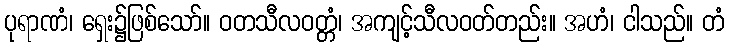
ပုရာဏံ၊ ရှေး၌ဖြစ်သော်။ ဝတသီလဝတ္တံ၊ အကျင့်သီလဝတ်တည်း။ အဟံ၊ ငါသည်။ တံ